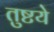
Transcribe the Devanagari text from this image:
तुष्टये